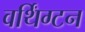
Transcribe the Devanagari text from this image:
वर्थिंग्टन